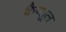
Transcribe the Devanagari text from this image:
कैप्‍सूल